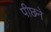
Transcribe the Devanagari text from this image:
पीछने